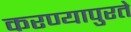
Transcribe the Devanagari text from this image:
करण्यापुरते